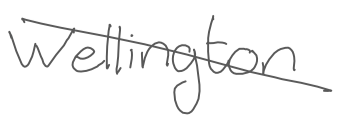
Text: Wellington
Cross-out: diagonal
Writing tool: digital_gray